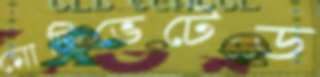
মোটিভেটেড